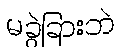
မခွဲခြားဘဲ